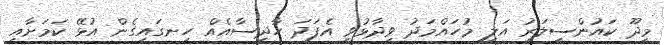
މީދޫ ކައުންސިލަރު އަލީ މުހައްމަދު ވިދާޅުވީ އެފަދަ ހާދިސާއެއް ހިނގައިގެން އުޅޭ ކަމަށާއި